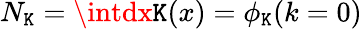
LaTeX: N_{\mathtt{K}}=\intdx\mathtt{K}(x)=\phi_{\mathtt{K}}(k=0)